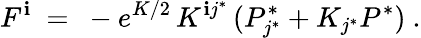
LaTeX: F^{\mathbf{i}}\ =\ -e^{K/2}\, K^{\mathbf{i}j^{*}}\, (P_{j^{*}}^{*}+K_{j^{*}}P^{*})~.